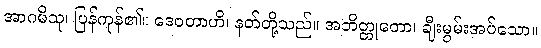
အာဂမိသု၊ ပြန်ကုန်၏။ ဒေဝတာဟိ၊ နတ်တို့သည်။ အဘိတ္တုတော၊ ချီးမွမ်းအပ်သော။